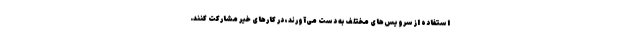
استفاده از سرویس‌های مختلف به دست می‌آورند، در کارهای خیر مشارکت کنند.